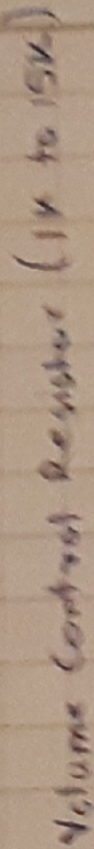
Text: volume control Resistor(1k to 15k)